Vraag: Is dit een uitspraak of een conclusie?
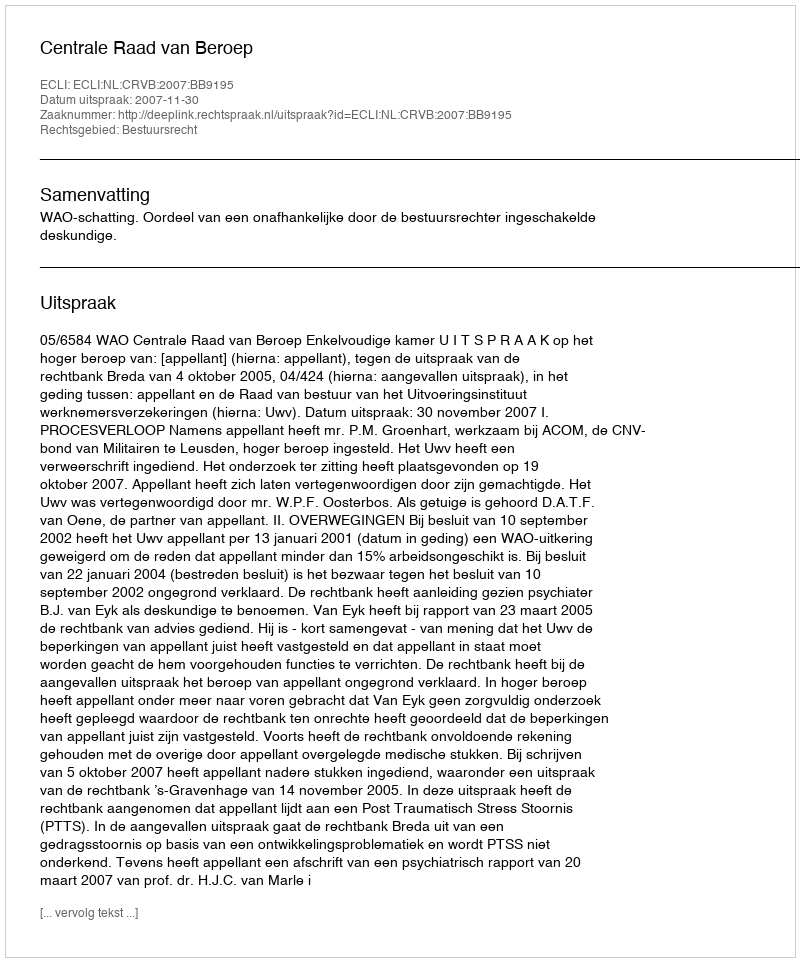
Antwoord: Uitspraak